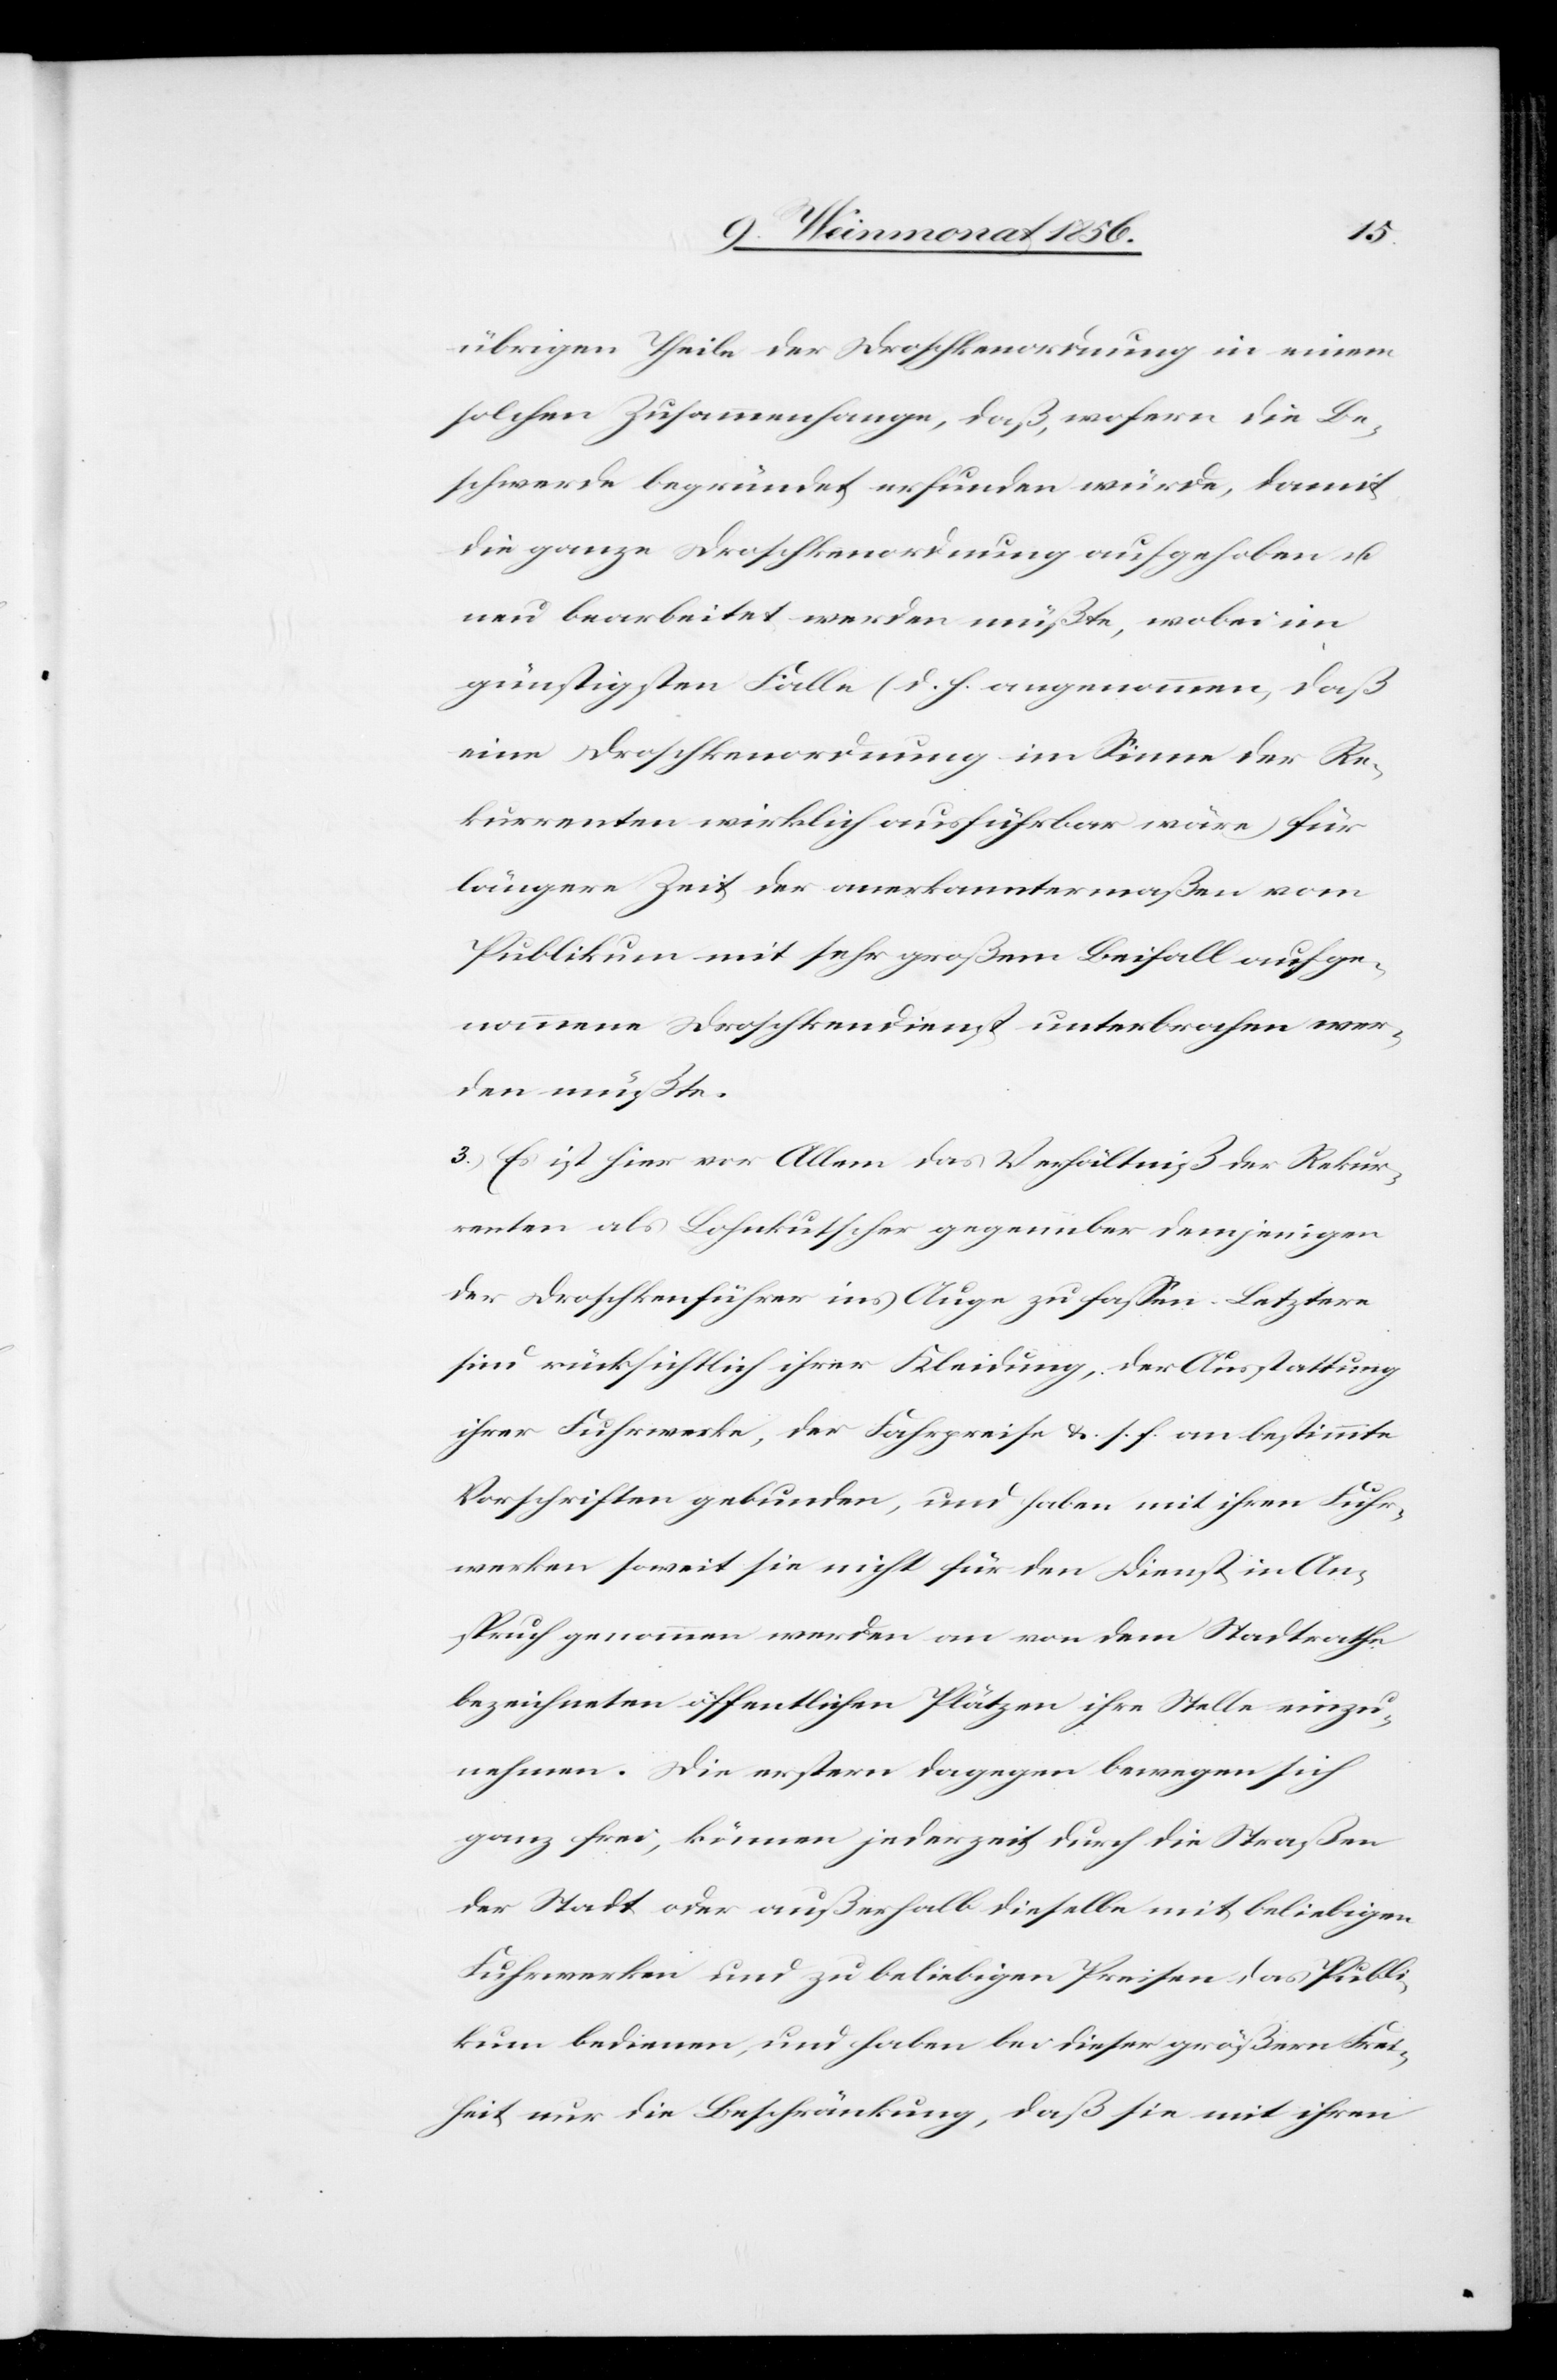
übrigen Theile der Droschkenordnung in einem
solchen Zusammenhange, daß, wofern die Be¬
schwerde begründet erfunden würde, damit
die ganze Droschkenordnung aufgehoben u.
neu bearbeitet werden müßte, wobei im
günstigsten Falle (d. h. angenommen, daß
eine Droschkenordnung im Sinne der Re¬
kurrenten wirklich ausführbar wäre) für
längere Zeit der anerkanntermaßen vom
Publikum mit sehr großem Beifall aufge¬
nommene Droschkendienst unterbrochen wer¬
den müßte.
3.) Es ist hier vor Allem das Verhältniß der Rekur¬
renten als Lohnkutscher gegenüber demjenigen
der Droschkenführer ins Auge zu fassen. Letztere
sind rücksichtlich ihrer Kleidung, der Ausstattung
ihrer Fuhrwerke, der Fahrpreise &. s. f. an bestimmte
Vorschriften gebunden, und haben mit ihren Fuhr¬
werken soweit sie nicht für den Dienst in An¬
spruch genommen werden an von dem Stadtrathe
bezeichneten öffentlichen Plätzen ihre Stelle einzu¬
nehmen. Die erstern dagegen bewegen sich
ganz frei, können jederzeit durch die Straßen
der Stadt oder außerhalb dieselbe mit beliebigen
Fuhrwerken und zu beliebigen Preise das Publi¬
kum bedienen, und haben bei dieser größern Frei¬
heit nur die Beschränkung, daß sie mit ihren